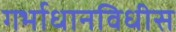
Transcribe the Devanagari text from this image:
गर्भाधानविधीस